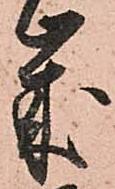
歳